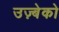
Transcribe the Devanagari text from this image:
उज़्बेको